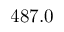
4 8 7 . 0